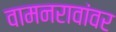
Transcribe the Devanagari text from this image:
वामनरावांवर